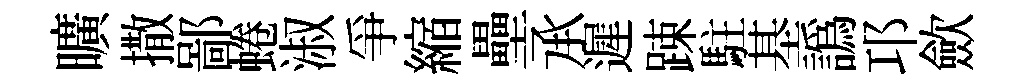
曠撒鄙蜷淑爭縮壘𠄘遲踈駐基譌邛歛